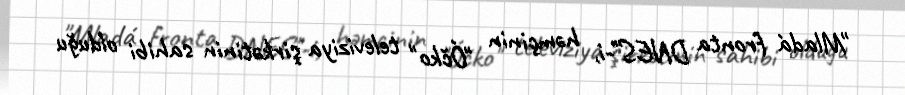
"Mladá fronta DNES"-i, həmçinin "Óčko" televiziya şirkətinin sahibi olduğu